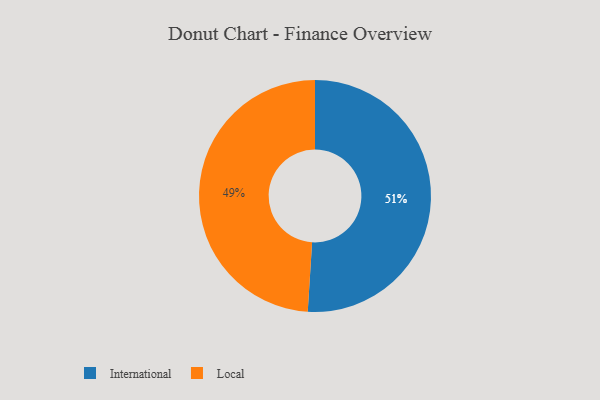
{"axis": {"x": "Category", "y": "Percentage"}, "legend": ["International", "Local"], "data": [{"x": "International", "y": 51, "type": "International"}, {"x": "Local", "y": 49, "type": "Local"}]}